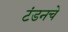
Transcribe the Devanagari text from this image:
टंडनचे